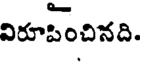
విరూపించినది.